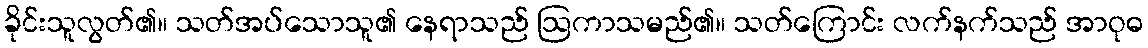
ခိုင်းသူလွတ်၏။ သတ်အပ်သောသူ၏ နေရာသည် ဩကာသမည်၏။ သတ်ကြောင်း လက်နက်သည် အာဝုဓ